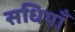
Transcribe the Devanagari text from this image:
सधियाँ